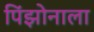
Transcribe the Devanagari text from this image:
पिंझोनाला